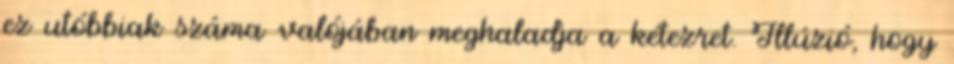
ez utóbbiak száma valójában meghaladja a kétezret. Illúzió, hogy